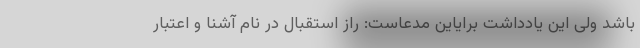
باشد ولی این یادداشت برایاین مدعاست: راز استقبال در نام آشنا و اعتبار